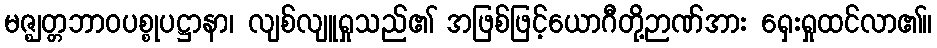
မဇ္ဈတ္တဘာဝပစ္စုပဋ္ဌာနာ၊ လျစ်လျူရှုသည်၏ အဖြစ်ဖြင့်ယောဂီတို့ဉာဏ်အား ရှေးရှုထင်လာ၏။